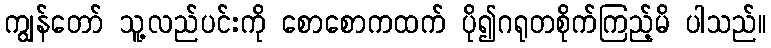
ကျွန်တော် သူ့လည်ပင်းကို စောစောကထက် ပို၍ဂရုတစိုက်ကြည့်မိ ပါသည်။